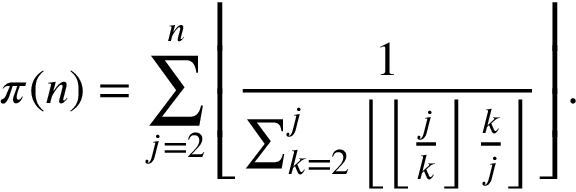
\pi ( n ) = \sum _ { j = 2 } ^ { n } \left\lfloor { \frac { 1 } { \sum _ { k = 2 } ^ { j } \left\lfloor \left\lfloor { \frac { j } { k } } \right\rfloor { \frac { k } { j } } \right\rfloor } } \right\rfloor .